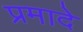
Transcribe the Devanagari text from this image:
प्रमादे